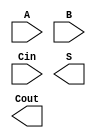

module adder4bit (A, B, Cin, S, Cout);

input [3:0]  A, B;
input        Cin;
output [3:0] S;
output       Cout;

`ifdef DATAFLOW_LEVEL1
wire c0, c1, c2;
adder add0(.A(A[0]), .B(B[0]), .Cin(Cin), .S(S[0]), .Cout(c0));
adder add1(.A(A[1]), .B(B[1]), .Cin(c0 ), .S(S[1]), .Cout(c1));
adder add2(.A(A[2]), .B(B[2]), .Cin(c1 ), .S(S[2]), .Cout(c2));
adder add3(.A(A[3]), .B(B[3]), .Cin(c2 ), .S(S[3]), .Cout(Cout));

`elsif GATE_LEVEL

`endif

endmodule